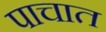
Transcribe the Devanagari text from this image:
पाचात